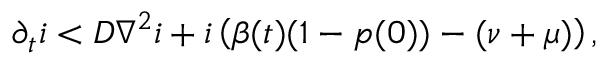
\partial _ { t } i < D \nabla ^ { 2 } i + i \left( \beta ( t ) ( 1 - p ( 0 ) ) - ( \nu + \mu ) \right) ,